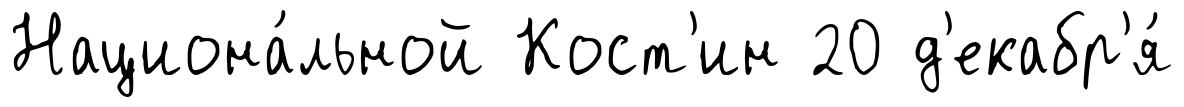
Национа́льной Кост'ин 20 д'екабр'я́